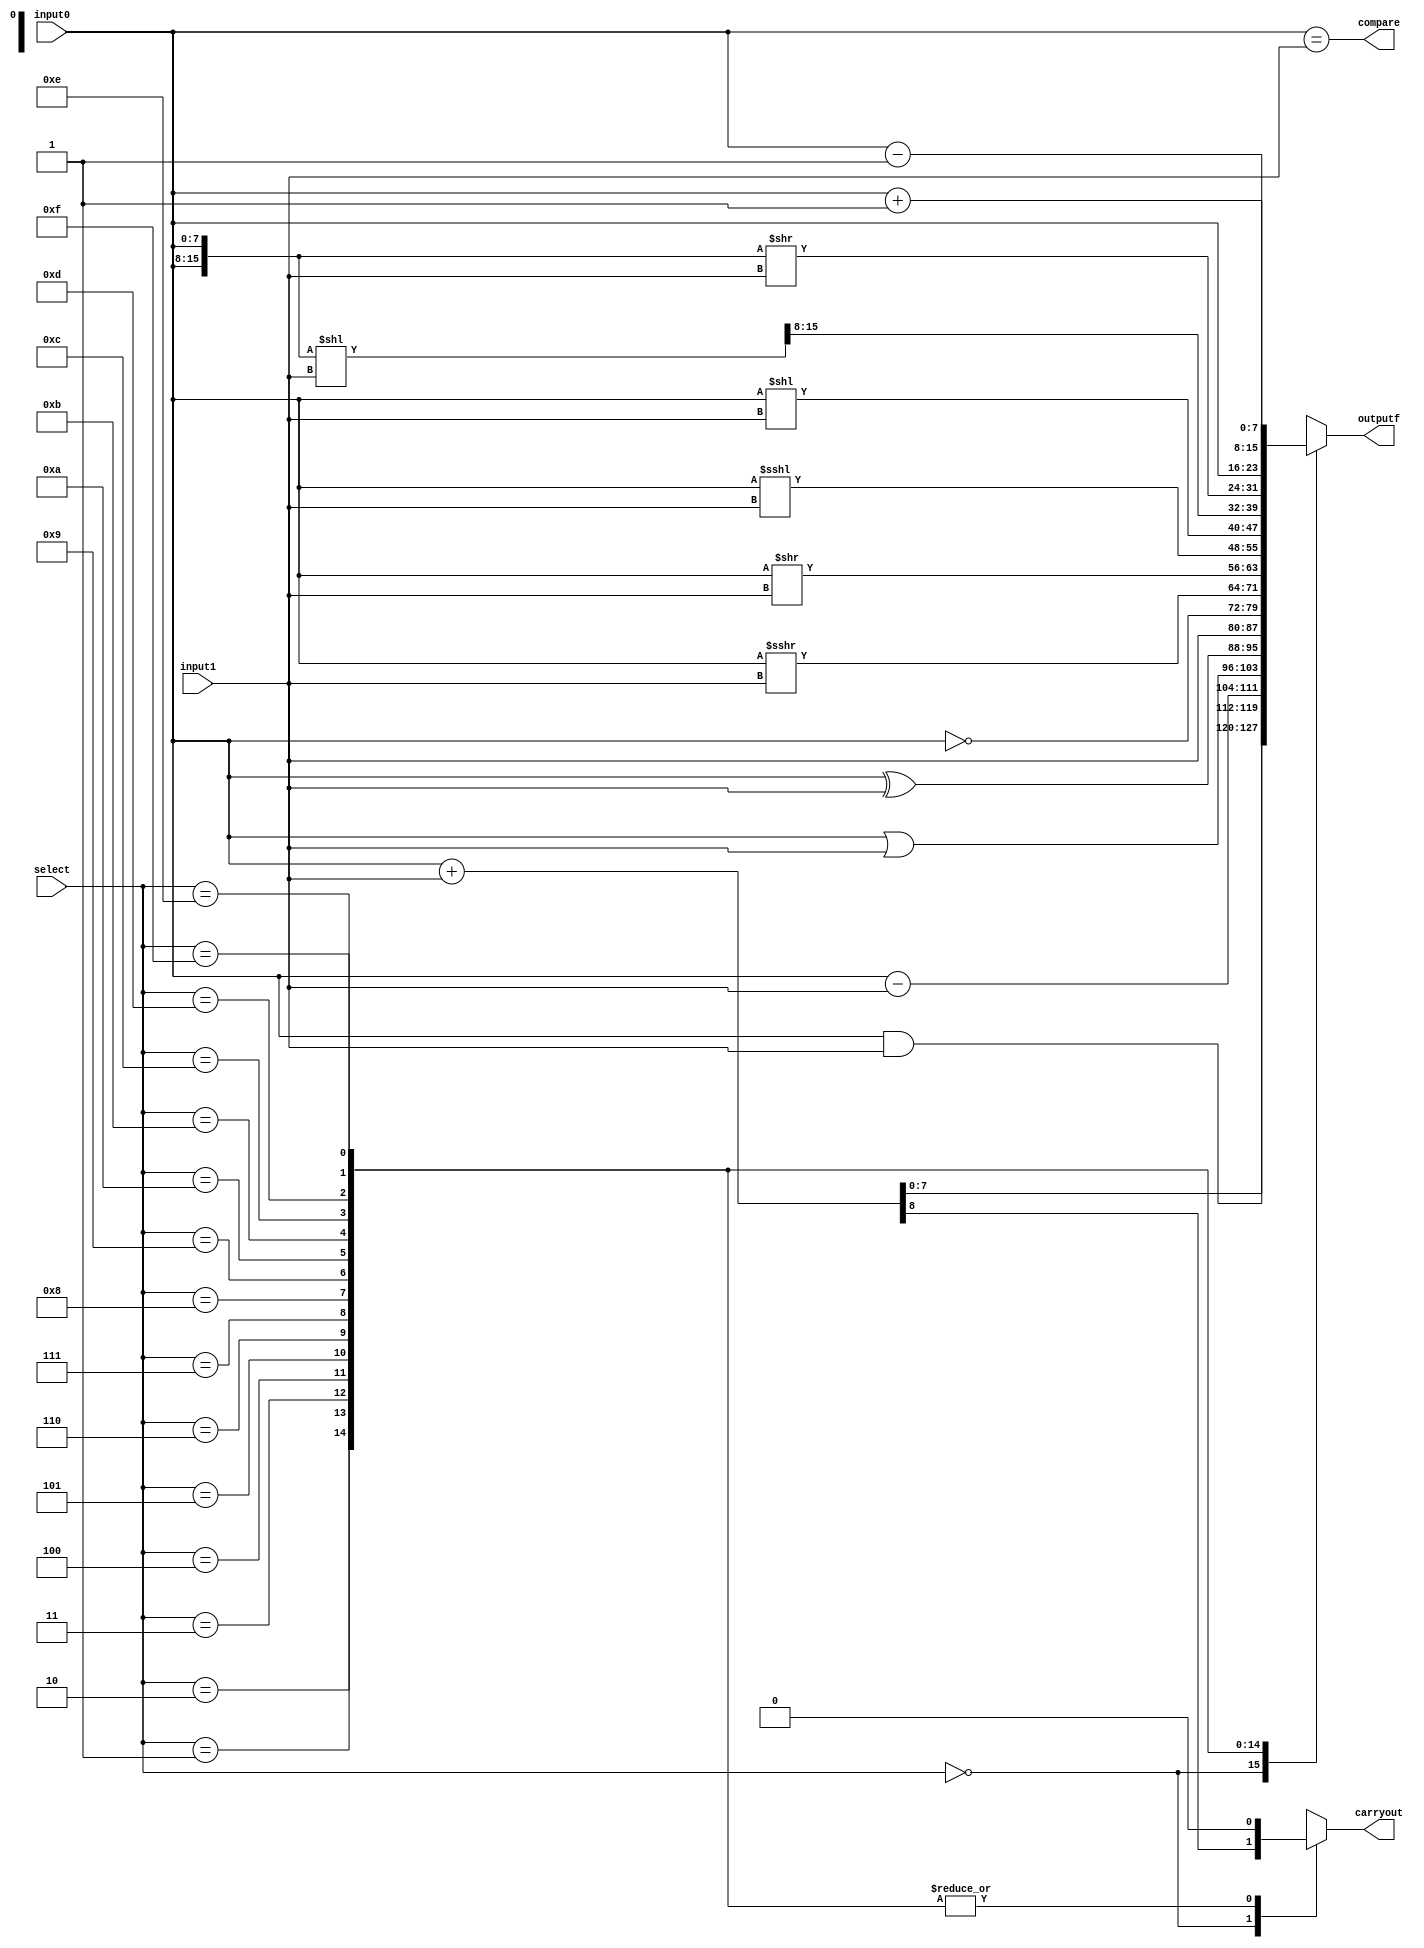
module ALU #(parameter input_width=8, parameter select_size = 4) (
    input0, input1, select, outputf, compare, carryout
);

input wire [input_width-1 : 0] input0, input1;
output reg [input_width-1 : 0] outputf;
output reg carryout;
input wire [select_size-1 : 0] select;
output reg compare;
reg [7:0]dummy;

initial carryout = 0;

always @(select,input0,input1) begin
    carryout = 0;
    case (select)
        0:{carryout,outputf} = input0 + input1;
        1:outputf = input0 & input1;
        2:outputf = input0 - input1;
        3:outputf = input0 | input1;
        4:outputf = input0 ^ input1;
        5:outputf = input1;
        6:outputf = ~input0;
        7:outputf = input0 >>> input1;
        8:outputf = input0 >> input1;
        9:outputf = input0 <<< input1;
        10:outputf = input0 << input1;
        11:{outputf,dummy} = {input0,input0} << input1;
        12:{dummy,outputf} = {input0,input0} >> input1;
        13:outputf = input0;
        14:outputf = input0 + 1;
        15:outputf = input0 - 1;
    endcase
    compare = (input0 == input1);
end


endmodule //ALU